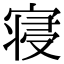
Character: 寝